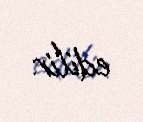
edilir.